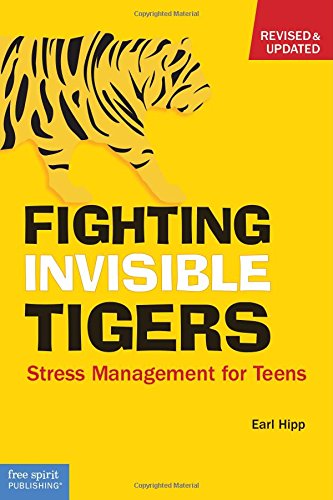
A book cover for Fighting Invisible Tigers: Stress Management for Teens; Earl Hipp; Health, Fitness & Dieting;